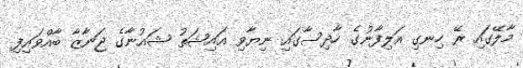
މާލޭގައި ރޭ ހިނގި އަލިފާނުގެ ހާދިސާގައި ނިޔާވި އައިޝަތު ޝައުނާގެ ޖަނާޒާ ބާއްވައިފި